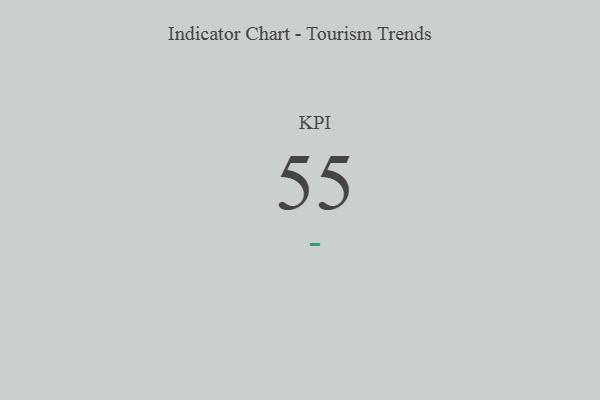
{"axis": {"x": "KPI", "y": "Value"}, "legend": [""], "data": [{"x": "KPI", "y": 55, "type": ""}]}